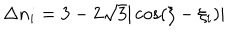
\Delta n _ { i } = 3 - 2 \sqrt { 3 } | \cos ( \xi - \xi _ { i } ) |